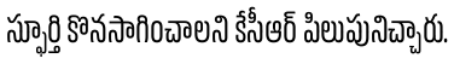
స్ఫూర్తి కొనసాగించాలని కేసీఆర్ పిలుపునిచ్చారు.